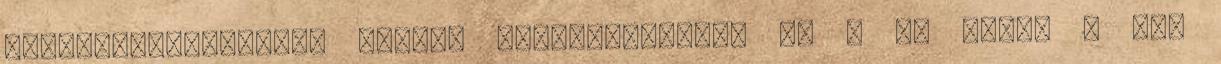
leghatározottabban tovább radikalizálta, és – ha lehet – még